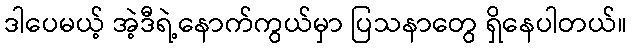
ဒါပေမယ့် အဲ့ဒီရဲ့နောက်ကွယ်မှာ ပြသနာတွေ ရှိနေပါတယ်။